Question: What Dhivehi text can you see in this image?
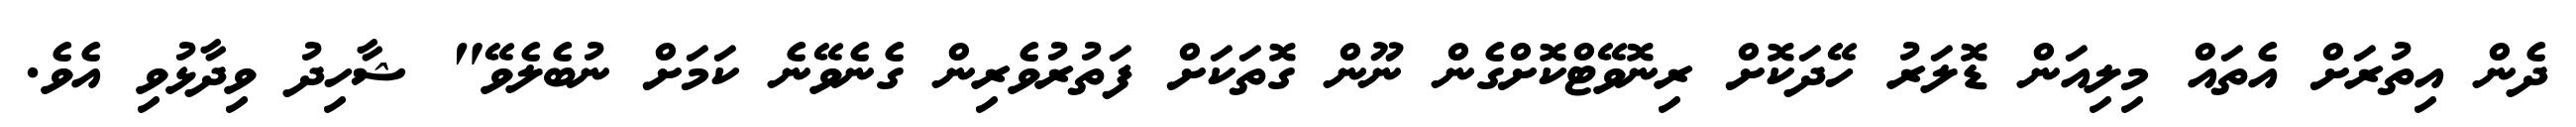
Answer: ދެން އިތުރަށް އެތައް މިލިއަން ޑޮލަރު ހޭދަކޮށް ރިނޮވޭޓްކޮށްގެން ނޫން ގޮތަކަށް ފަތުރުވެރިން ގެނެވޭނެ ކަމަށް ނުބެލެވޭ" ޝާހިދު ވިދާޅުވި އެވެ.